Report on plague and inoculation in the Punjab from October 1st ... to September 30th..., being the ... season of plague in the province
Disease focus: Plague
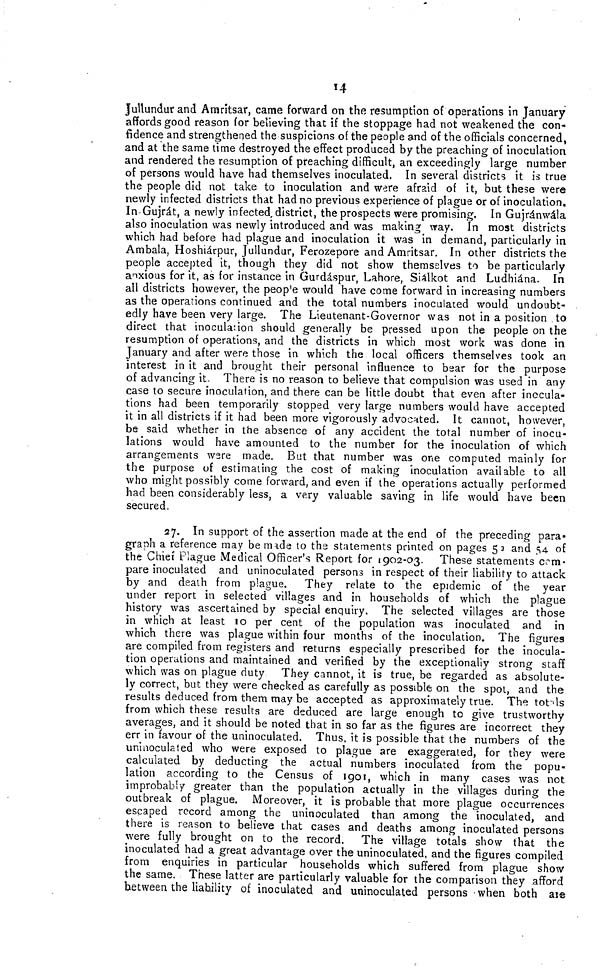
14
Jullundur and Amritsar, came forward on the resumption of operations in January
affords good reason for believing that if the stoppage had not weakened the con-
fidence and strengthened the suspicions of the people and of the officials concerned,
and at the same time destroyed the effect produced by the preaching of inoculation
and rendered the resumption of preaching difficult, an exceedingly large number
of persons would have had themselves inoculated. In several districts it is true
the people did not take to inoculation and were afraid of it, but these were
newly infected districts that had no previous experience of plague or of inoculation.
InGujrát, a newly infected, district, the prospects were promising. In Gujránwála
also inoculation was newly introduced and was making way. In most districts
which had before had plague and inoculation it was in demand, particularly in
Ambala, Hoshiárpur, Jullundur, Ferozepore and Amritsar. In other districts the
people accepted it, though they did not show themselves to be particularly
anxious for it, as for instance in Gurdáspur, Lahore, Siálkot and Ludhiána. In
all districts however, the people would have come forward in increasing numbers
as the operations continued and the total numbers inoculated would undoubt-
edly have been very large. The Lieutenant-Governor was not in a position to
direct that inoculation should generally be pressed upon the people on the
resumption of operations, and the districts in which most work was done in
January and after were those in which the local officers themselves took an
interest in it and brought their personal influence to bear for the purpose
of advancing it. There is no reason to believe that compulsion was used in any
case to secure inoculation, and there can be little doubt that even after inocula-
tions had been temporarily stopped very large numbers would have accepted
it in all districts if it had been more vigorously advocated. It cannot, however,
be said whether in the absence of any accident the total number of inocu-
lations would have amounted to the number for the inoculation of which
arrangements were made. But that number was one computed mainly for
the purpose of estimating the cost of making inoculation available to all
who might possibly come forward, and even if the operations actually performed
had been considerably less, a very valuable saving in life would have been
secured,
27. In support of the assertion made at the end of the preceding para-
graph a reference may be made to the statements printed on pages 53 and 54 of
the Chief Plague Medical Officer's Report for 1902-03. These statements com-
pare inoculated and uninoculated persons in respect of their liability to attack
by and death from plague. They relate to the epidemic of the year
under report in selected villages and in households of which the plague
history was ascertained by special enquiry. The selected villages are those
in which at least 10 per cent of the population was inoculated and in
which there was plague within four months of the inoculation. The figures
are compiled from registers and returns especially prescribed for the inocula-
tion operations and maintained and verified by the exceptionally strong staff
which was on plague duty They cannot, it is true, be regarded as absolute-
ly correct, but they were checked as carefully as possible on the spot, and the
results deduced from them may be accepted as approximately true. The totals
from which these results are deduced are large enough to give trustworthy
averages, and it should be noted that in so far as the figures are incorrect they
err in favour of the uninoculated. Thus, it is possible that the numbers of the
uninoculated who were exposed to plague are exaggerated, for they were
calculated by deducting the actual numbers inoculated from the popu-
lation according to the Census of 1901, which in many cases was not
improbably greater than the population actually in the villages during the
outbreak of plague. Moreover, it is probable that more plague occurrences
escaped record among the uninoculated than among the inoculated, and
there is reason to believe that cases and deaths among inoculated persons
were fully brought on to the record. The village totals show that the
inoculated had a great advantage over the uninoculated, and the figures compiled
from enquiries in particular households which suffered from plague show
the same. These latter are particularly valuable for the comparison they afford
between the liability of inoculated and uninoculated persons when both are